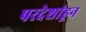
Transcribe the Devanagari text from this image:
परदेशांहून